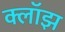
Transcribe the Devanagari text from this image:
क्लॉझ